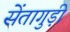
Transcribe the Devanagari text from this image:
सेंतागुड़ी